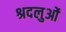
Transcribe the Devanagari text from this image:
श्रदलुओं